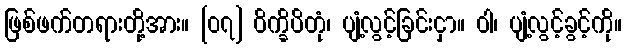
ဖြစ်ဖက်တရားတို့အား။ [၀၇] ဝိက္ခိပိတုံ၊ ပျံ့လွင့်ခြင်းငှာ။ ဝါ၊ ပျံ့လွင့်ခွင့်ကို။